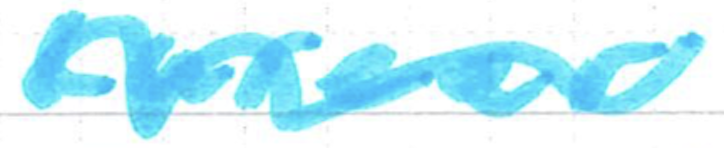
Text: career
Cross-out: wave
Writing tool: marker